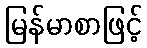
မြန်မာစာဖြင့်